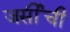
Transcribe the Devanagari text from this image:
जर्सीची